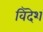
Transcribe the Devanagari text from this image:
विदॆश